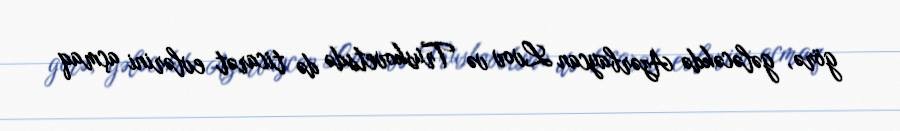
görə, gələcəkdə Azərbaycan Lvov və Truskovetsdə də ticarət evlərini açmaq